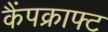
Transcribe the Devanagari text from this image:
कैंपक्राफ्ट